Civil Veterinary Dept. Assam report 1911-1927 - 1911-1927
Year: 1911
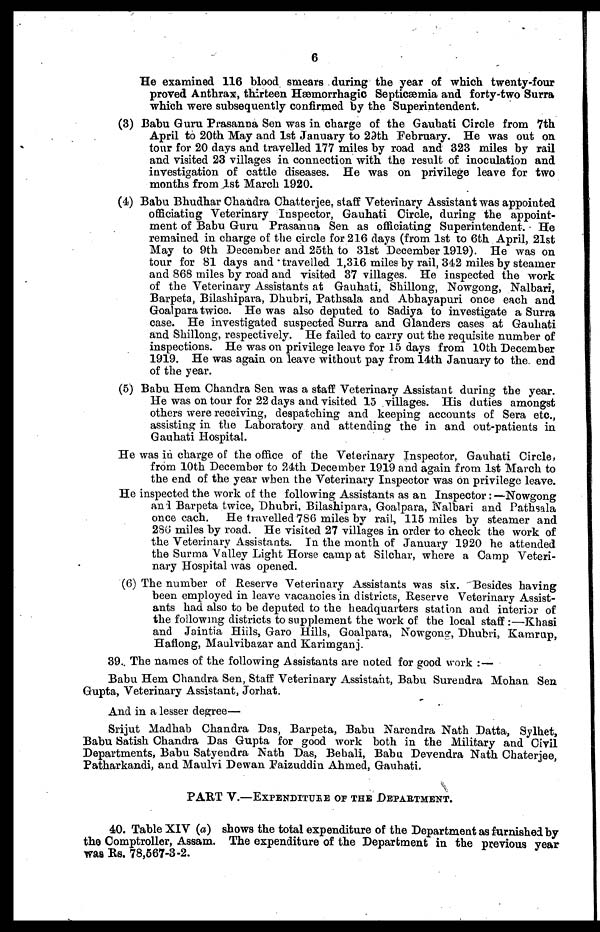
6
He examined 116 blood smears during the year of which twenty-four
proved Anthrax, thirteen Hæmorrhagic Septicæmia and forty-two Surra
which were subsequently confirmed by the Superintendent.
(3) Babu Guru Prasanna Sen was in charge of the Gauhati Circle from 7th
April to 20th May and 1st January to 29th February. He was out on
tour for 20 days and travelled 177 miles by road and 323 miles by rail
and visited 23 villages in connection with the result of inoculation and
investigation of cattle diseases. He was on privilege leave for two
months from 1st March 1920.
(4) Babu Bhudhar Chandra Chatterjee, staff Veterinary Assistant was appointed
officiating Veterinary Inspector, Gauhati Circle, during the appoint-
ment of Babu Guru Prasanna Sen as officiating Superintendent. He
remained in charge of the circle for 216 days (from 1st to 6th April, 21st
May to 9th December and 25th to 31st December 1919). He was on
tour for 81 days and travelled 1,316 miles by rail, 342 miles by steamer
and 868 miles by road and visited 37 villages. He inspected the work
of the Veterinary Assistants at Gauhati, Shillong, Nowgong, Nalbari,
Barpeta, Bilashipara, Dhubri, Pathsala and Abhayapuri once each and
Goalpara twice. He was also deputed to Sadiya to investigate a Surra
case. He investigated suspected Surra and Glanders cases at Gauhati
and Shillong, respectively. He failed to carry out the requisite number of
inspections. He was on privilege leave for 15 days from 10th December
1919. He was again on leave without pay from 14th January to the end
of the year.
(5) Babu Hem Chandra Sen was a staff Veterinary Assistant during the year.
He was on tour for 22 days and visited 15 villages. His duties amongst
others were receiving, despatching and keeping accounts of Sera etc.,
assisting in the Laboratory and attending the in and out-patients in
Gauhati Hospital.
He was in charge of the office of the Veterinary Inspector, Gauhati Circle,
from 10th December to 24th December 1919 and again from 1st March to
the end of the year when the Veterinary Inspector was on privilege leave.
He inspected the work of the following Assistants as an Inspector : —Nowgong
and Barpeta twice, Dhubri, Bilashipara, Goalpara, Nalbari and Pathsala
once each. He travelled 786 miles by rail, 115 miles by steamer and
286 miles by road. He visited 27 villages in order to check the work of
the Veterinary Assistants. In the month of January 1920 he attended
the Surma Valley Light Horse camp at Silchar, where a Camp Veteri-
nary Hospital was opened.
(6) The number of Reserve Veterinary Assistants was six. Besides having
been employed in leave vacancies in districts, Reserve Veterinary Assist-
ants had also to be deputed to the headquarters station and interior of
the following districts to supplement the work of the local staff :—Khasi
and Jaintia Hills, Garo Hills, Goalpara, Nowgong, Dhubri, Kamrup,
Haflong, Maulvibazar and Karimganj.
39. The names of the following Assistants are noted for good work : —
Babu Hem Chandra Sen, Staff Veterinary Assistant, Babu Surendra Mohan Sen
Gupta, Veterinary Assistant, Jorhat.
And in a lesser degree—
Srijut Madhab Chandra Das, Barpeta, Babu Narendra Nath Datta, Sylhet,
Babu Satish Chandra Das Gupta for good work both in the Military and Civil
Departments, Babu Satyendra Nath Das, Behali, Babu Devendra Nath Chaterjee,
Patharkandi, and Maulvi Dewan Faizuddin Ahmed, Gauhati.
PART V.—EXPENDITURE OF THE DEPARTMENT.
40. Table XIV (a) shows the total expenditure of the Department as furnished by
the Comptroller, Assam. The expenditure of the Department in the previous year
was Rs. 78,567-3-2.